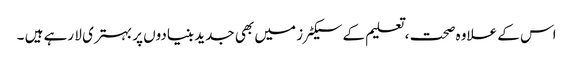
اس کے علاوہ صحت ، تعلیم کے سیکٹر ز میں بھی جدید بنیادوں پر بہتری لا رہے ہیں ۔